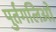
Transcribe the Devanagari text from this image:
पुर्तगलिओ